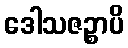
ဒေါသဇဉ္စာပိ